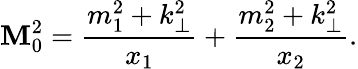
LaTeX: \mathbf{M}_{0}^{2}={\frac{{m_{1}^{2}+k_{\bot}^{2}}}{{x_{1}}}}+{\frac{{m_{2}^{2}+k_{\bot}^{2}}}{{x_{2}}}}.